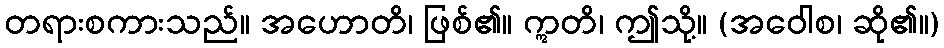
တရားစကားသည်။ အဟောတိ၊ ဖြစ်၏။ ဣတိ၊ ဤသို့။ (အဝေါစ၊ ဆို၏။)